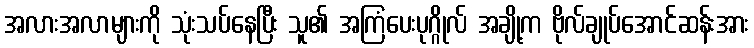
အလားအလာများကို သုံးသပ်နေပြီး သူ၏ အကြံပေးပုဂ္ဂိုလ် အချို့က ဗိုလ်ချုပ်အောင်ဆန်းအား